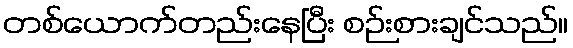
တစ်ယောက်တည်းနေပြီး စဉ်းစားချင်သည်။